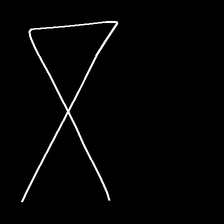
Glyph: collection